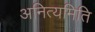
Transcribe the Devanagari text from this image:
अनित्यमिति